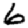
Digit: 6